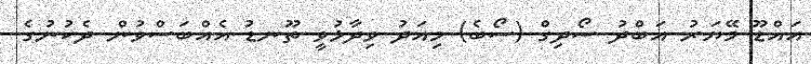
އައްޑޫ މޭޔަރު އަބްދު ސޯދިގް (ސޯބެ) މިއަދު ވިދާޅުވީ ތޫނޑު އެއްބަސްވުން ދެކުނުގެ